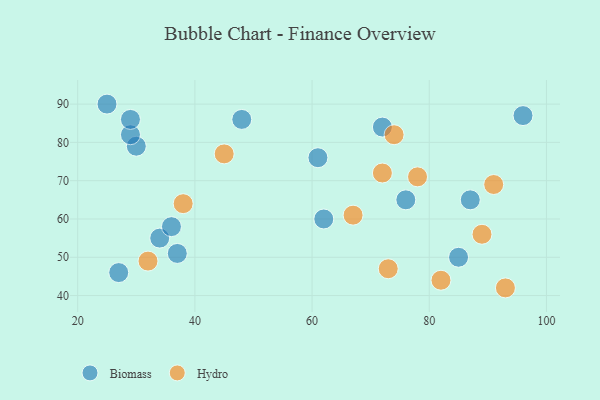
{"axis": {"x": "GDP", "y": "Life Expectancy"}, "legend": ["Biomass", "Hydro"], "data": [{"x": "30", "y": 79, "type": "Biomass"}, {"x": "29", "y": 82, "type": "Biomass"}, {"x": "25", "y": 90, "type": "Biomass"}, {"x": "76", "y": 65, "type": "Biomass"}, {"x": "34", "y": 55, "type": "Biomass"}, {"x": "96", "y": 87, "type": "Biomass"}, {"x": "27", "y": 46, "type": "Biomass"}, {"x": "61", "y": 76, "type": "Biomass"}, {"x": "36", "y": 58, "type": "Biomass"}, {"x": "37", "y": 51, "type": "Biomass"}, {"x": "85", "y": 50, "type": "Biomass"}, {"x": "72", "y": 84, "type": "Biomass"}, {"x": "62", "y": 60, "type": "Biomass"}, {"x": "29", "y": 86, "type": "Biomass"}, {"x": "87", "y": 65, "type": "Biomass"}, {"x": "48", "y": 86, "type": "Biomass"}, {"x": "74", "y": 82, "type": "Hydro"}, {"x": "38", "y": 64, "type": "Hydro"}, {"x": "78", "y": 71, "type": "Hydro"}, {"x": "67", "y": 61, "type": "Hydro"}, {"x": "93", "y": 42, "type": "Hydro"}, {"x": "91", "y": 69, "type": "Hydro"}, {"x": "32", "y": 49, "type": "Hydro"}, {"x": "82", "y": 44, "type": "Hydro"}, {"x": "89", "y": 56, "type": "Hydro"}, {"x": "73", "y": 47, "type": "Hydro"}, {"x": "45", "y": 77, "type": "Hydro"}, {"x": "72", "y": 72, "type": "Hydro"}]}